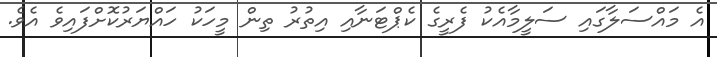
އެ މައްސަލާގައި ސަލީމާއެކު ފެރީގެ ކެޕްޓަނާއި އިތުރު ތިން މީހަކު ހައްޔަރުކޮށްފައިވެ އެވެ.